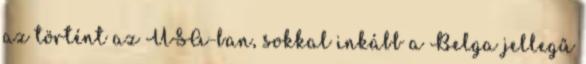
az történt az USA-ban, sokkal inkább a Belga jellegű